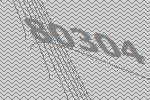
80304